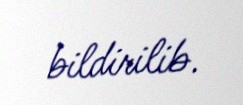
bildirilib.